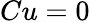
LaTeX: Cu=0